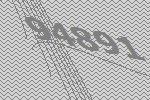
94891